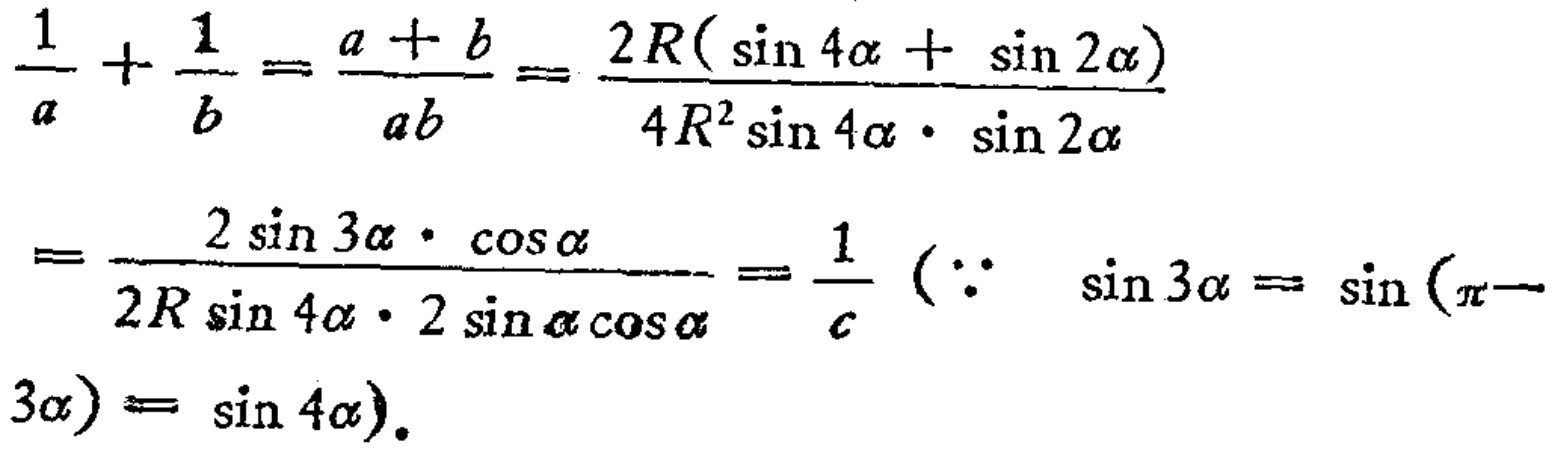
\[\begin{align*}
\frac{1}{a}+\frac{1}{b}&=\frac{a + b}{ab}=\frac{2R(\sin 4\alpha+\sin 2\alpha)}{4R^{2}\sin 4\alpha\cdot\sin 2\alpha}\\
&=\frac{2\sin 3\alpha\cdot\cos\alpha}{2R\sin 4\alpha\cdot 2\sin\alpha\cos\alpha}=\frac{1}{c}\ (\because\ \sin 3\alpha=\sin(\pi - 3\alpha)=\sin 4\alpha).
\end{align*}\]